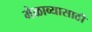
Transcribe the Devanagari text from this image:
मेळाव्यासाठी